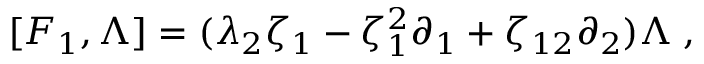
[ F _ { 1 } , \Lambda ] = ( \lambda _ { 2 } \zeta _ { 1 } - \zeta _ { 1 } ^ { 2 } \partial _ { 1 } + \zeta _ { 1 2 } \partial _ { 2 } ) \Lambda \; ,